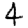
Digit: 4